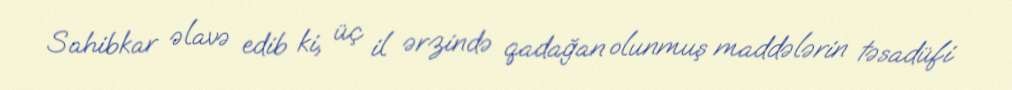
Sahibkar əlavə edib ki, üç il ərzində qadağan olunmuş maddələrin təsadüfi